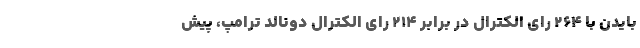
بایدن با ۲۶۴ رای الکترال در برابر ۲۱۴ رای الکترال دونالد ترامپ، پیش